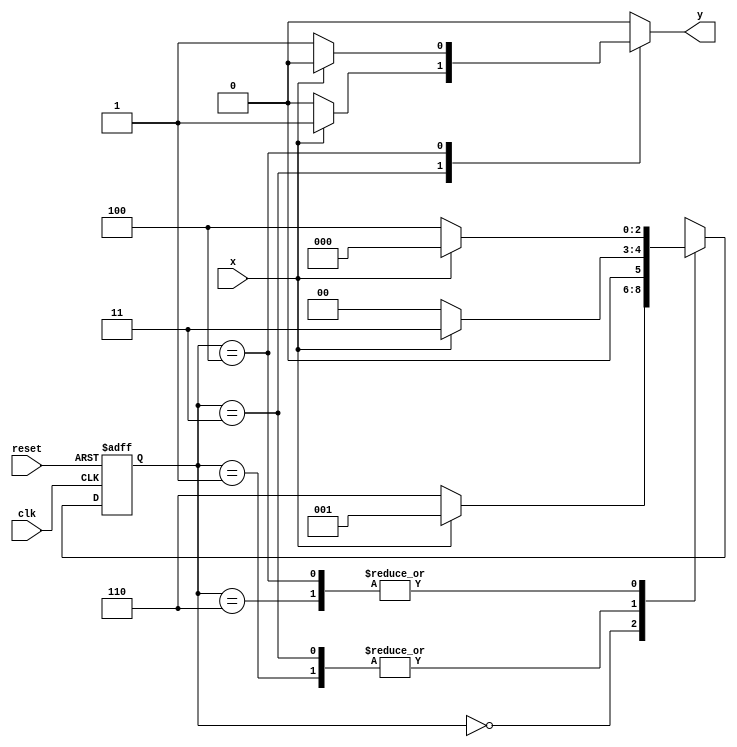
// ---------------------
// guia10_05 - mquina de estados finitos capaz de identificar uma sequncia de trs bits alternados (101) ou (010)
// Nome: Anderson Belchior de Carvalho
// ---------------------

//----------------------------------------
// -- Exercicio 05
//----------------------------------------
// --- Sequencias : 101 ou 010
//----------------------------------------

// constant definitions
`define found    1
`define notfound 0

module ex5_seq101_010 ( y, x, clk, reset );

	output y;
	input  x;
	input  clk;
	input  reset;

	reg    y;

	parameter         // state identifiers 
		start  = 3'b000,
		id1    = 3'b001,
		id10   = 3'b011,
		id0    = 3'b110,
		id01   = 3'b100;

	reg [2:0] E1;	// current state variables
	reg [2:0] E2;	// next state logic output

	// next state logic
   always @( x or E1 )
		begin
		y = `notfound;

		case ( E1 )
			start:
				if ( x )
					E2 = id1;
				else
					E2 = id0;
				
			id1:
				if ( x )
					E2 = id10;
				else
					E2 = start;

			id10:
				if ( x )
				begin
					E2 =  id10;
					y  = `found;
				end
				else
				begin
					E2 =  start;
					y  = `notfound;
				end
			
			id0:
				if ( x )
					E2 = start;
				else
					E2 = id01;

			id01:
				if ( x )
				begin
					E2 =  start;
					y  = `notfound;
				end
				else
				begin
					E2 =  id01;
					y  = `found;
				end
	 
			default:   // undefined state
				E2 =  3'bxxx;
		endcase
	  
		end // always at signal or state changing

	// state variables
		always @( posedge clk or negedge reset )
		begin
			if ( reset )
				E1 = E2;    // updates current state
			else
				E1 = 0;     // reset
		end // always at signal changing

endmodule // ex5_seq101_010

//--------------------------
// -- test ex05
//--------------------------

module testex5;
	
	reg   clk, reset, x;
	wire  m1;

	ex5_seq101_010 M5 ( m1, x, clk, reset );

	initial
	begin
		$display("Guia10_05 - Anderson Belchior de Carvalho - 396673");
		$display("\n Time \t\t\tX  \t\t\t Seq 101|010" );

	// initial values
       clk   = 1;
       reset = 0;
       x     = 0;

	// input signal changing
		#10   reset = 1;
		#10  x = 1;
		#10  x = 0;
		#10  x = 0;
		#10  x = 1;
		#10  x = 0;
		#10  x = 1;
		#10  x = 1;
		#10  x = 1;
		#10  x = 1;
		#10  x = 0;
		#10  x = 1;
		#10  x = 1;
		#10  x = 1;
		#10  x = 0;
		#10  x = 1;
		#10  x = 0;
		#10  x = 0;
		#10  x = 0;
		
		#5 $finish;
	
	end // initial

	always
		#5 clk = ~clk;

	always @( posedge clk )
	begin
		$display ( "%4d \t\t \t%b\t\t\t     %b", $time, x, m1);
	end // always at positive edge clocking changing

endmodule //  fim testex5